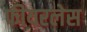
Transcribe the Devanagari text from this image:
फीयरलेस